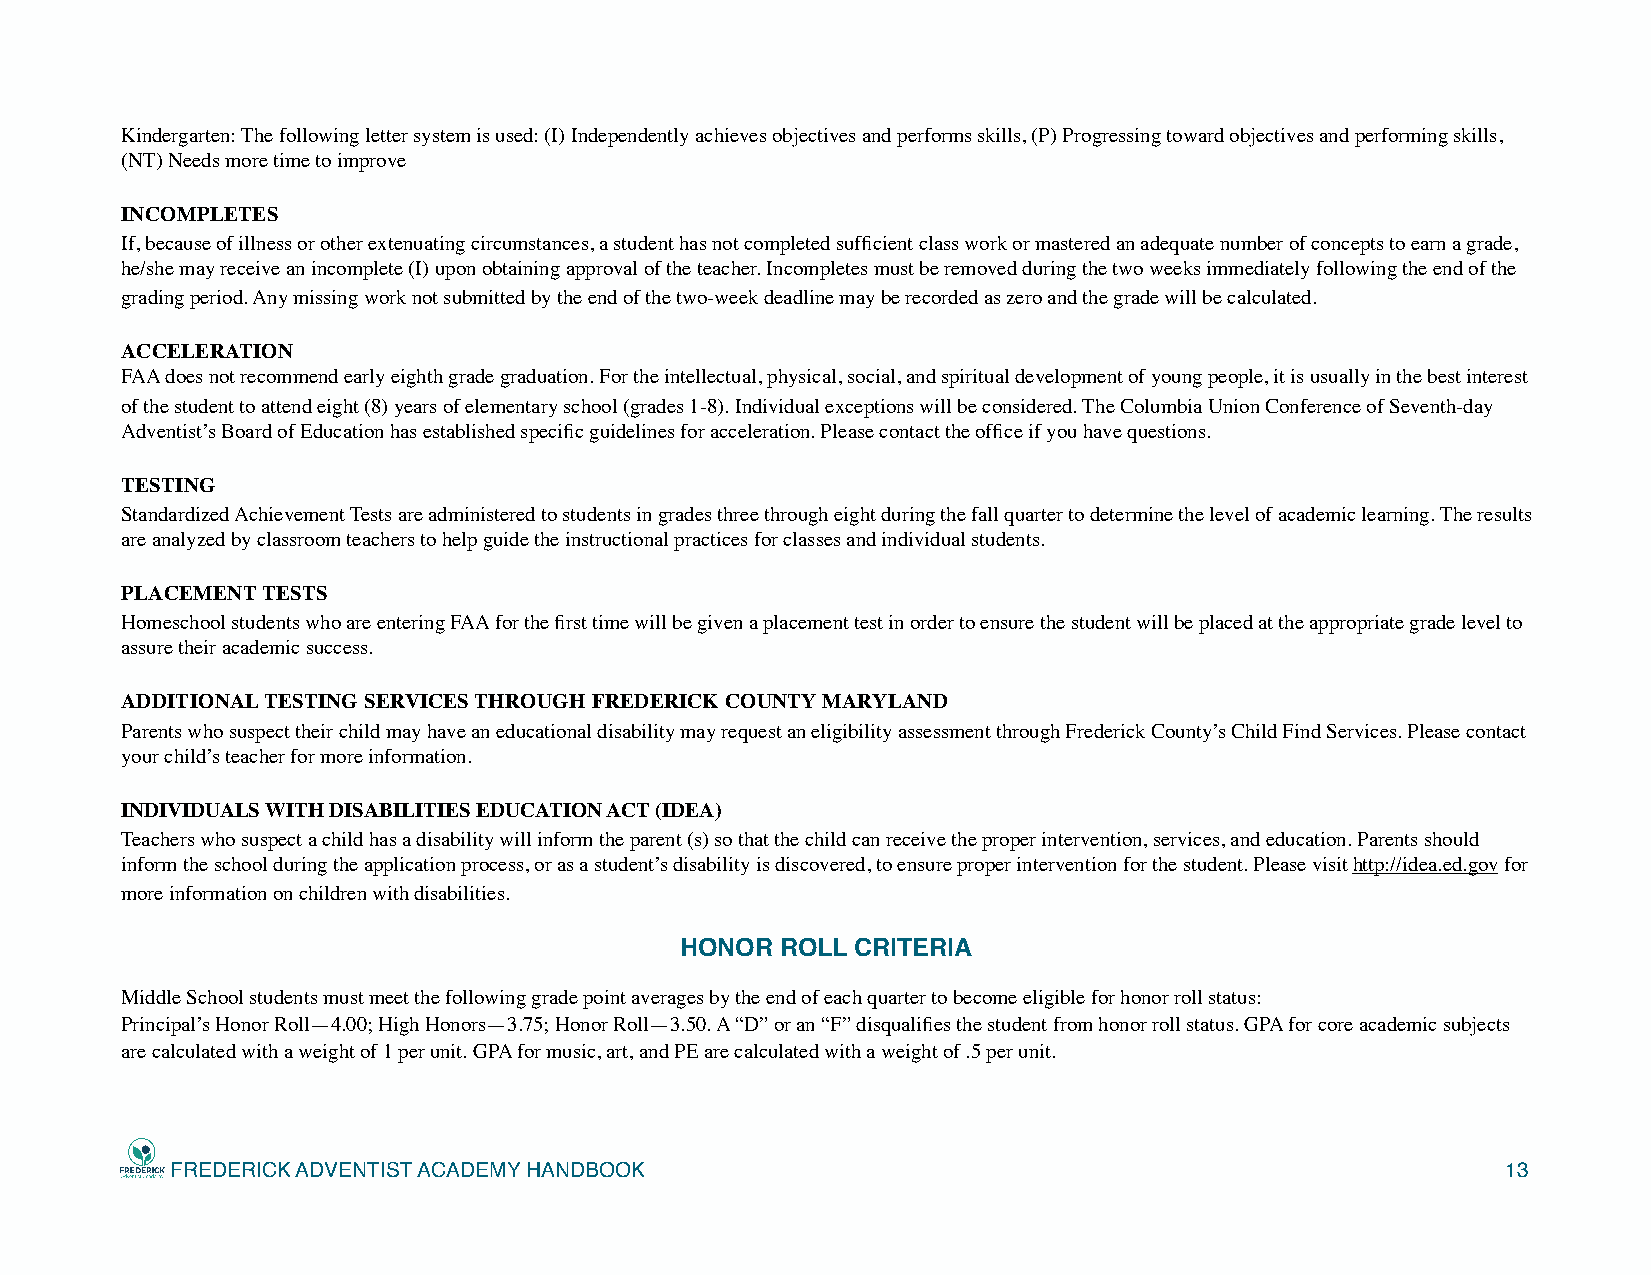
Kindergarten: The following letter system is used: (I) Independently achieves objectives and performs skills, (P) Progressing toward objectives and performing skills,
 (NT) Needs more time to improve
 INCOMPLETES
 If, because of illness or other extenuating circumstances, a student has not completed sufficient class work or mastered an adequate number of concepts to earn a grade,
 he/she may receive an incomplete (I) upon obtaining approval of the teacher. Incompletes must be removed during the two weeks immediately following the end of the
 grading period. Any missing work not submitted by the end of the two-week deadline may be recorded as zero and the grade will be calculated.
 ACCELERATION
 FAA does not recommend early eighth grade graduation. For the intellectual, physical, social, and spiritual development of young people, it is usually in the best interest
 of the student to attend eight (8) years of elementary school (grades 1-8). Individual exceptions will be considered. The Columbia Union Conference of Seventh-day
 Adventist’s Board of Education has established specific guidelines for acceleration. Please contact the office if you have questions.
 TESTING
 Standardized Achievement Tests are administered to students in grades three through eight during the fall quarter to determine the level of academic learning. The results
 are analyzed by classroom teachers to help guide the instructional practices for classes and individual students.
 PLACEMENT TESTS
 Homeschool students who are entering FAA for the first time will be given a placement test in order to ensure the student will be placed at the appropriate grade level to
 assure their academic success.
 ADDITIONAL TESTING SERVICES THROUGH FREDERICK COUNTY MARYLAND
 Parents who suspect their child may have an educational disability may request an eligibility assessment through Frederick County’s Child Find Services. Please contact
 your child’s teacher for more information.
 INDIVIDUALS WITH DISABILITIES EDUCATION ACT (IDEA)
 Teachers who suspect a child has a disability will inform the parent (s) so that the child can receive the proper intervention, services, and education. Parents should
 inform the school during the application process, or as a student’s disability is discovered, to ensure proper intervention for the student. Please visit http://idea.ed.gov for
 more information on children with disabilities.
 HONOR  ROLL CRITERIA
 Middle School students must meet the following grade point averages by the end of each quarter to become eligible for honor roll status:
 Principal’s Honor Roll—4.00; High Honors—3.75; Honor Roll—3.50. A “D” or an “F” disqualifies the student from honor roll status. GPA for core academic subjects
 are calculated with a weight of 1 per unit. GPA for music, art, and PE are calculated with a weight of .5 per unit.
 FREDERICK ADVENTIST ACADEMY HANDBOOK                                                     13